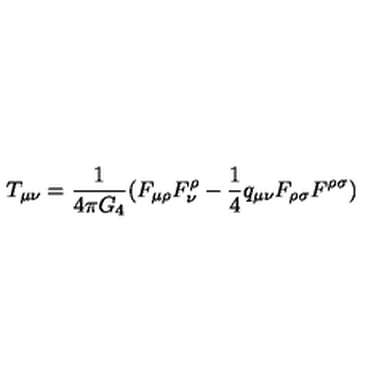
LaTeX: T _ { \mu \nu } = \frac { 1 } { 4 \pi G _ { 4 } } ( F _ { \mu \rho } F _ { \nu } ^ { \rho } - \frac { 1 } { 4 } q _ { \mu \nu } F _ { \rho \sigma } F ^ { \rho \sigma } )